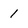
Character: 1